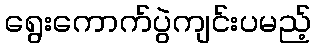
ရွေးကောက်ပွဲကျင်းပမည့်